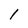
Character: l